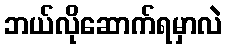
ဘယ်လိုဆောက်ရမှာလဲ